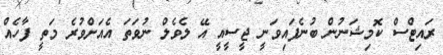
ރައިޓްސް ކޮމިޝަނުން ބުނެފައިވަނީ ޖީސީއީ އޭ ލެވެލް ނުވަތަ އެއަށްވުރެ މަތީ ފާހެއް